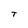
Character: t